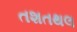
તશતથલ